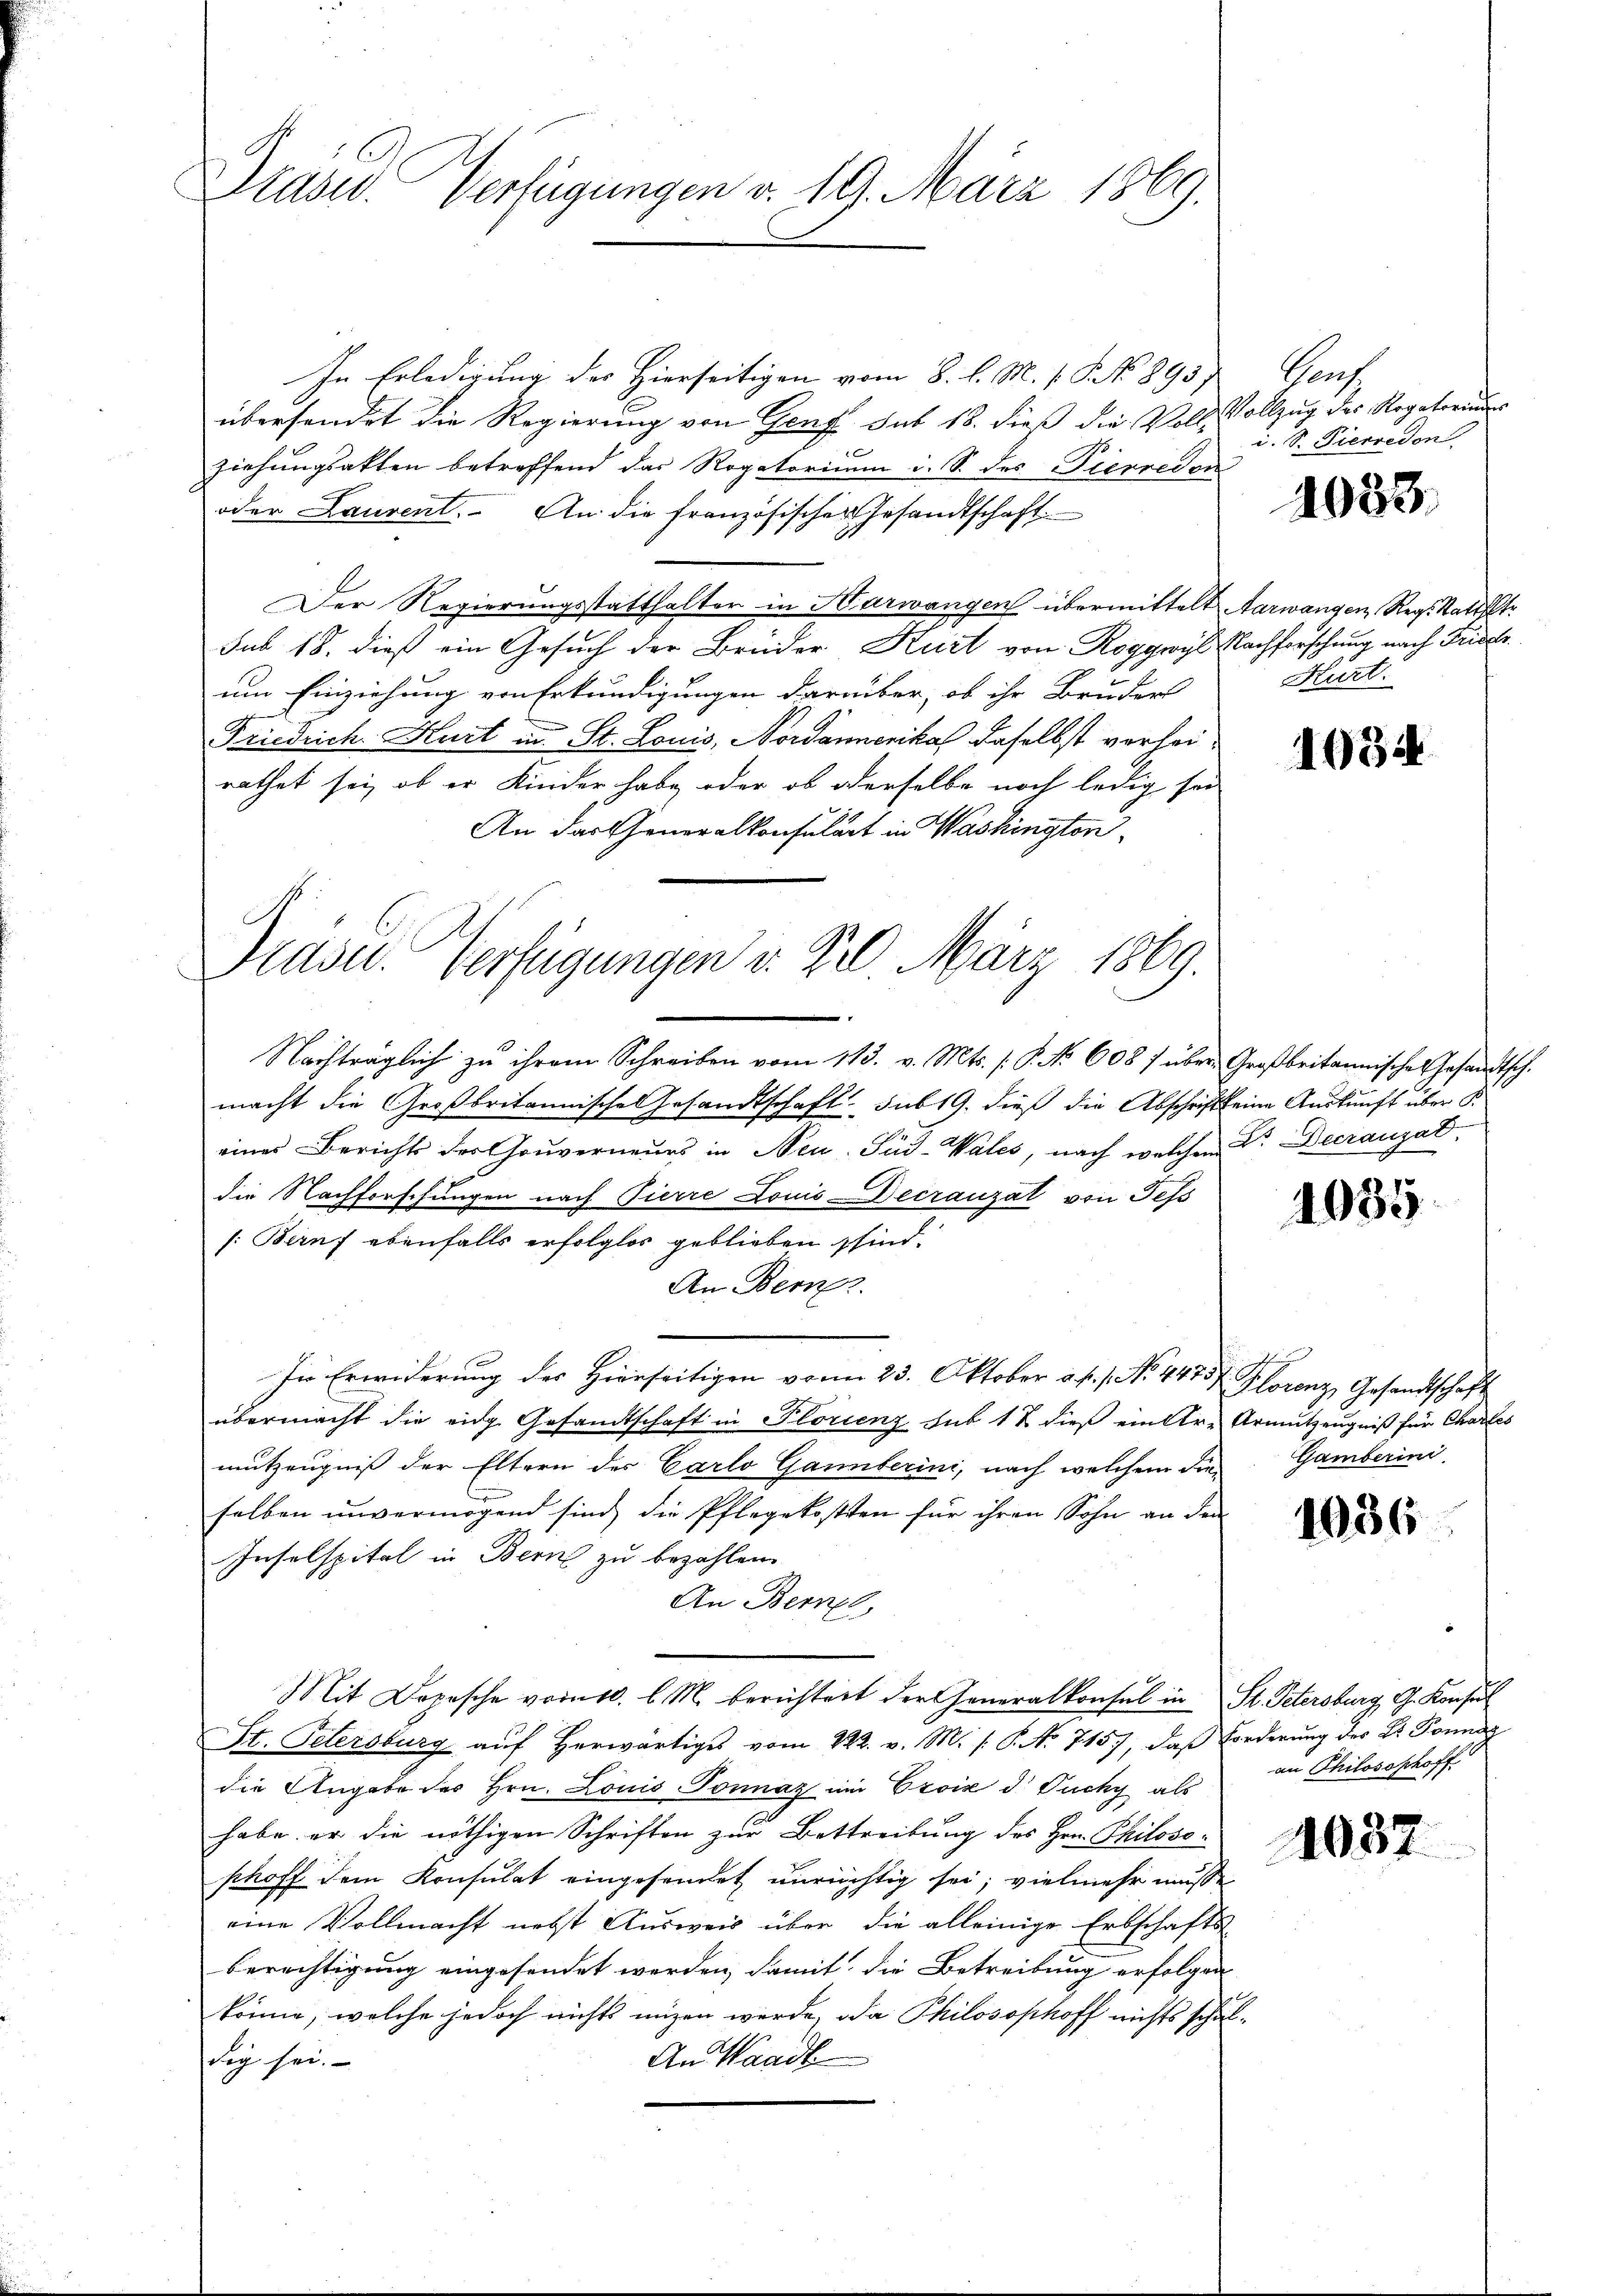
Präsid. Verfügungen v. 19. März 1869.

Präsid.. Verfügungen d. 20. März 1869.

In Erledigung des Hierseitigen vom 8. l. M. P.P. No 893/
übersendet die Regierung von Genf sub 18. dieß die Voll Vollzug der Rogatorius
ziehungsakten betreffend das Rogatorium i. S. des Pierreden
oder Lauvent. An die französischer Gesandtschaft
Der Regierungsstatthalter in Harwangen übermittelt Aarwangen Reg. Statteltr
sub 18. dieß ein Gesuch der Brüder Kurt von Roggwyl Nachforschung nach Frider
um Einziehung von Erkundigungen darüber, ob ihr Bruder
Friedrich. Kurt in St. Louis, Nordamerikal daselbst verheirathet sei, ob er Kinder habe oder ob oderselbe noch ledig sei
An das Generalkonsulart in Washington
Nachträglich zu ihrem Schreiben vom 113. v. Mts. s. S. No 608 / über Großbritannischen Gesandtsch.
macht die Großbritannische Gesandtschaft sub 19. dieß die Abschrift seine Auskunft über S.
eines Berichts der Gouverneues in Neu- Päd-Vales, nach welchem Dr. Decransat
die Nachforschungen nach Tierre Louis Decrauzat von Tess
[Beruf ebenfalls erfolglos geblieben sind.
An Bem
In Erwiderung der Hierseitigen von 23. Oktober a. f. 1. No. 447 f. Florenz, Gesandtschaft
übermacht die eidg. Gesandtschaft in Plorienz sub 12 dieß einere Armutzeugniß für Chartes
mutzeugniß der Eltern des Carlo Gannberini, nach welchem die
selben unvermögend sind, die Pflegekosten für ihren Sohn an den
Insolspital in Bern zu bezahlen.
An Bernel
Mit Depesche vom 10. l. M. berichtert der Generalkonsul in St. Petersburg, G. Konsul
St. Petersburg auf herwärtiges vom 22. v. M. /: P. No 715, daβ Forderŭng des Dr. Ponnag
die Angabe des Hrn. Louis Ponnaz im Essić d Fuchy als
habe er die nöthigen Schriften zur Bettreibung des Hrn. Philososchoff dem Konsulat eingesendet unrichtig sei; vielmehr müsse
eine Vollmacht nebst Ausweis über die alleinige Erbschafts-
berechtigung eingesendet werden, damit die Betreibung erfolgen
könne, welche jedoch nichts mizen werde, da Philosophoff nichts schon
dig sei.
An Waadt

Sant
i. S. Pierredon

1088.

Hürt.

1034

4035

Gamberini

1036

an Philosophoff

1032